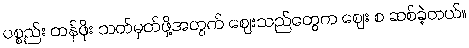
ပစ္စည်း တန်ဖိုး သတ်မှတ်ဖို့အတွက် ဈေးသည်တွေက ဈေး စ ဆစ်ခဲ့တယ်။